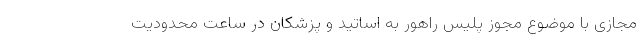
مجازی با موضوع مجوز پلیس راهور به اساتید و پزشکان در ساعت محدودیت